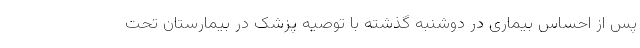
پس از احساس بیماری در دوشنبه گذشته با توصیه پزشک در بیمارستان تحت